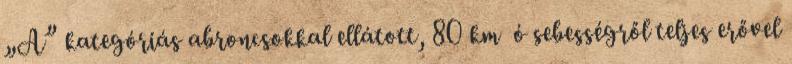
„A” kategóriás abroncsokkal ellátott, 80 km ó sebességről teljes erővel